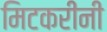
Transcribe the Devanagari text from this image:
मिटकरींनी